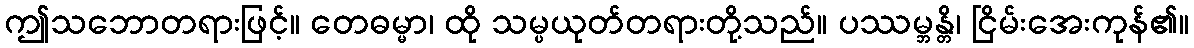
ဤသဘောတရားဖြင့်။ တေဓမ္မာ၊ ထို သမ္ပယုတ်တရားတို့သည်။ ပဿမ္ဘန္တိ၊ ငြိမ်းအေးကုန်၏။